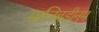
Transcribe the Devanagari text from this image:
मालिबडीनम